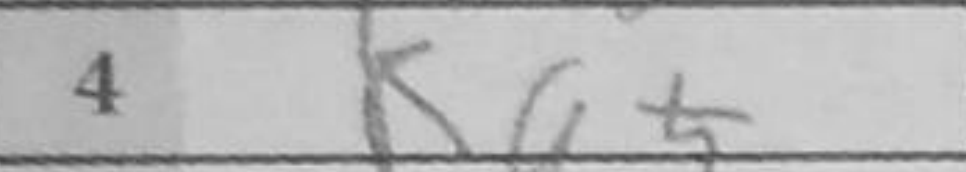
Transcription: Ka5